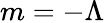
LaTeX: m=-\Lambda